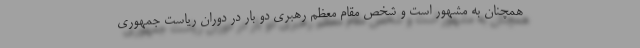
همچنان به مشهور است و شخص مقام معظم رهبری دو بار در دوران ریاست جمهوری